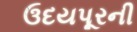
ઉદયપૂરની